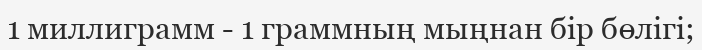
1 миллиграмм - 1 граммның мыңнан бір бөлігі;